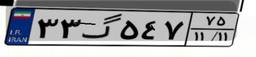
۳۳گ۵۴۷۷۵